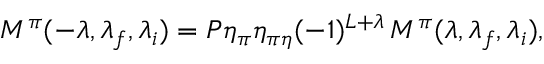
M ^ { \pi } ( - \lambda , \lambda _ { f } , \lambda _ { i } ) = P \eta _ { \pi } \eta _ { \pi \eta } ( - 1 ) ^ { L + \lambda } \, M ^ { \pi } ( \lambda , \lambda _ { f } , \lambda _ { i } ) ,